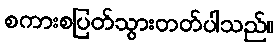
စကားစပြတ်သွားတတ်ပါသည်။